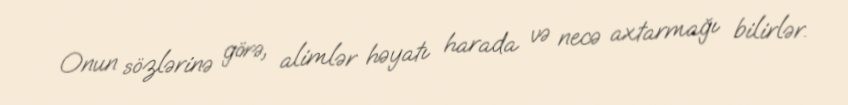
Onun sözlərinə görə, alimlər həyatı harada və necə axtarmağı bilirlər.